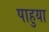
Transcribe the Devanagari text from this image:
पाहुया